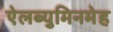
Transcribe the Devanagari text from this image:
ऐलब्युमिनमेह